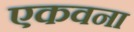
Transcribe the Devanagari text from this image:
एकवना